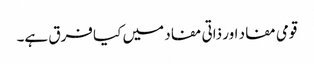
قومی مفاد اور ذاتی مفاد میں کیا فرق ہے۔